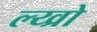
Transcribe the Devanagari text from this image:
ल्य्व्रो